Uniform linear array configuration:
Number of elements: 12
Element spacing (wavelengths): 1
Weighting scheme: uniform
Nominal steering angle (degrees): -60
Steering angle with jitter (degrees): -60.407
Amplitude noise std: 0.05
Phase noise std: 0.05

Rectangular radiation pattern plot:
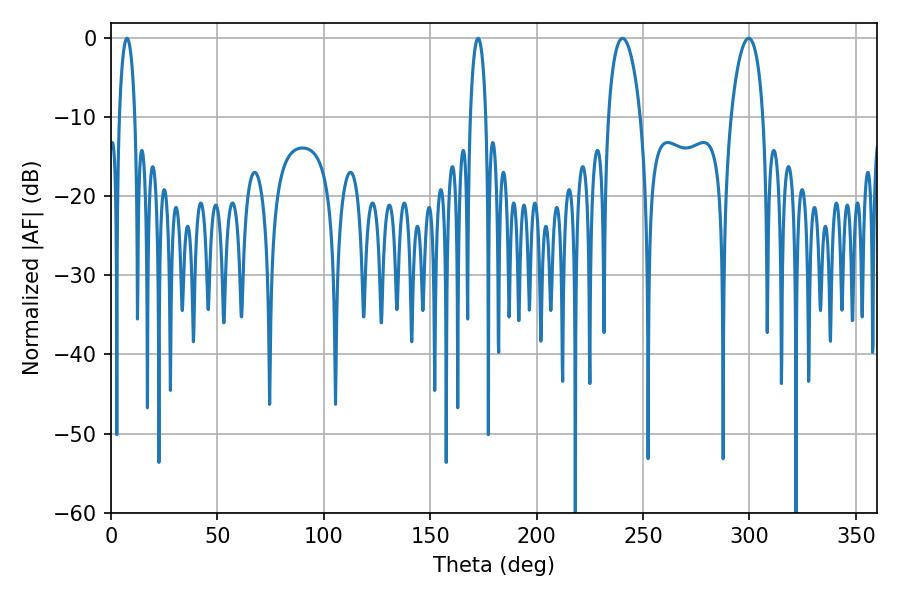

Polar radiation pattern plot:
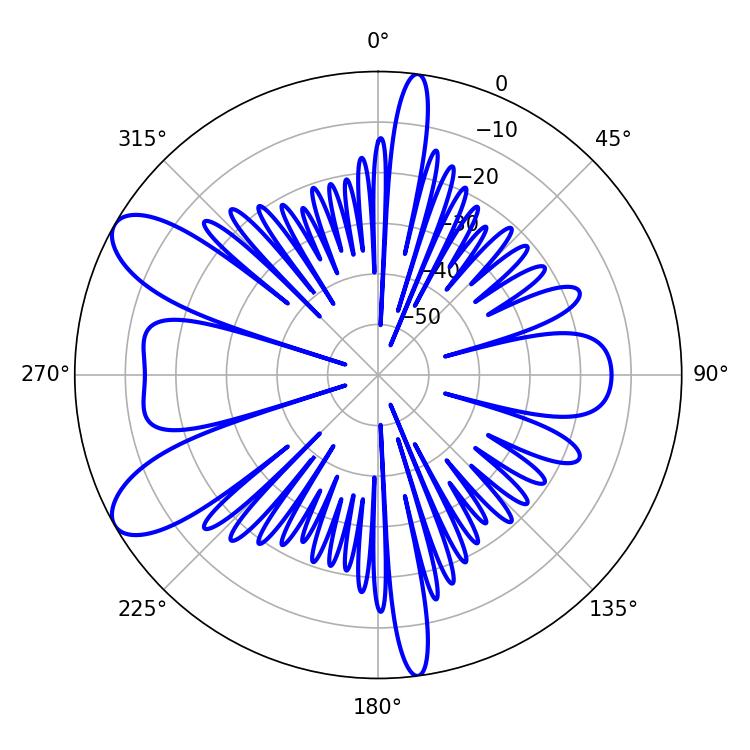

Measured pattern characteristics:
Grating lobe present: TRUE
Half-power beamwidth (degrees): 8.64
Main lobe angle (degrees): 240.3